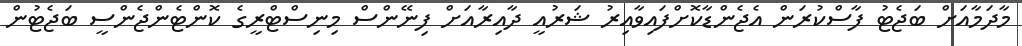
މާދަމާއަށް ބަޖެޓު ފާސްކުރަން އެޖެންޑާކޮށްފައިވާއިރު ޝަރުއީ ދާއިރާއަށް ފިނޭންސް މިނިސްޓްރީގެ ކޮންޓެންޖެންސީ ބަޖެޓުން